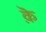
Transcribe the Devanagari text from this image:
क़ॆ